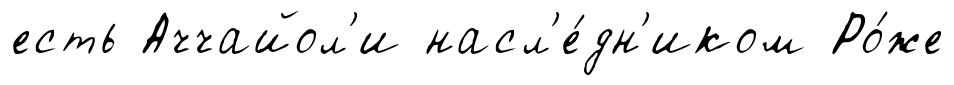
есть Аччайол'и насл'е́дн'иком Ро́же